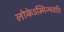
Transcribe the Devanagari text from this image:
लोकेऽस्मिन्भवति